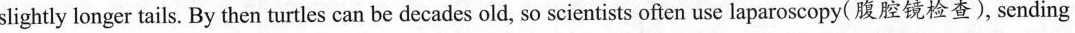
slightly longer tails. By then turtles can be decades old, so scientists often use laparoscopy(腹腔镜检查), sending